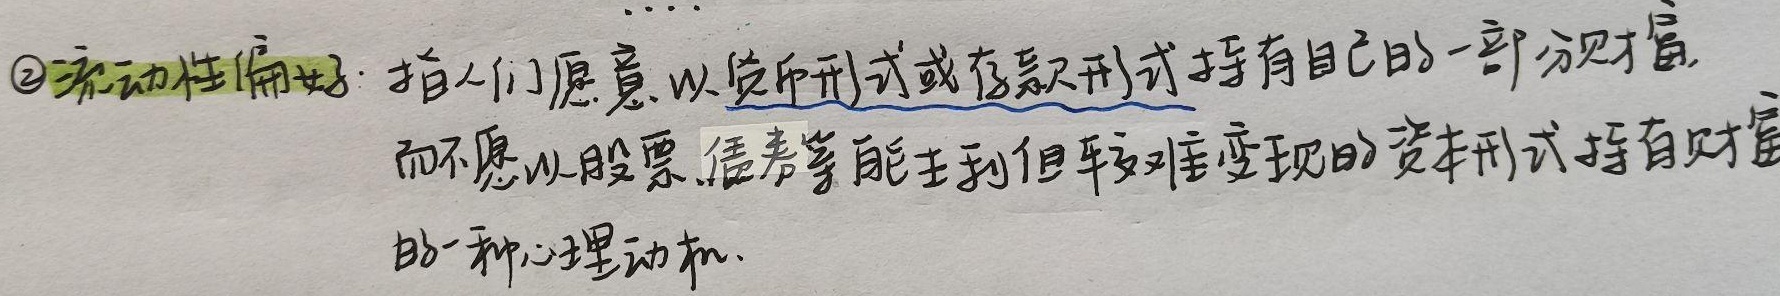
\textcircled{2}流动性偏好：指人们愿意以货币形式或存款形式持有自己的一部分财富，而不愿以股票、债券等能生利但较难变现的资本形式持有财富的一种心理动机。